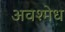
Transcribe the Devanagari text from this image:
अवश्मेध